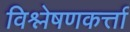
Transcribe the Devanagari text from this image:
विश्लेषणकर्त्ता